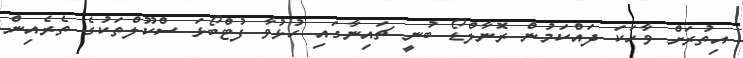
އިތުރަށް ވާހަކަ ދައްކަމުން ރޮނާލްޑޯ ބުނީ ޗައިނާގައި ހުޅުވާ ފުޓްބޯޅަ ސްކޫލްތަކުގެ ތެރެއިން